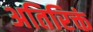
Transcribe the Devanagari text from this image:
अतिरिक्तं